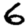
Digit: 6